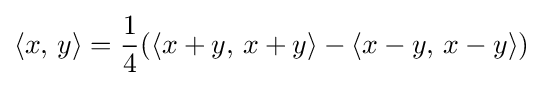
\langle x,\,y\rangle ={\frac {1}{4}}(\langle x+y,\,x+y\rangle -\langle x-y,\,x-y\rangle )